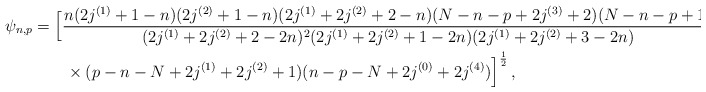
\begin{align*}\psi_{n,p} &= \Big[{\frac{n(2j^{(1)}+1-n)(2j^{(2)}+1-n)(2j^{(1)}+2j^{(2)}+2-n)(N-n-p+2j^{(3)}+2)(N-n-p+1) }{(2j^{(1)}+2j^{(2)} +2-2n)^2(2j^{(1)}+2j^{(2)}+1-2n)(2j^{(1)}+2j^{(2)}+3-2n) } } \\ &\qquad\times { (p-n-N+2j^{(1)}+2j^{(2)}+1)(n-p-N +2j^{(0)}+2j^{(4)}) }\Big]^{\frac12}\,, \end{align*}